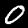
Digit: 0